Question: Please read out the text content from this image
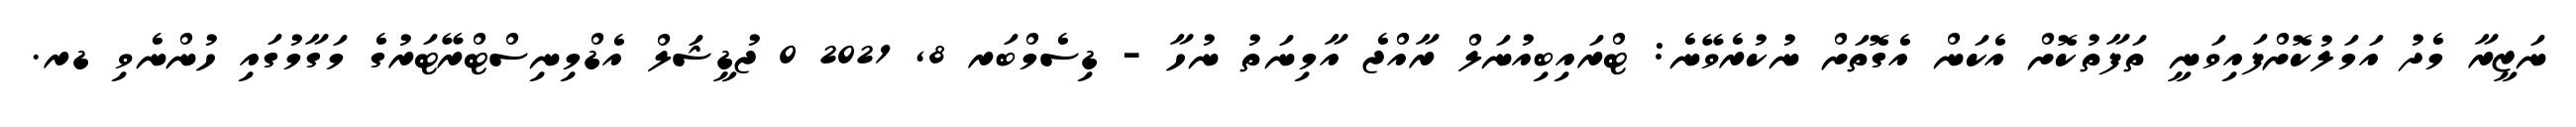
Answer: ނަޒީރާ މެދު އަމަލުކޮށްފައިވަނީ ތަފާތުކޮށް އެކަން އެގޮތަށް ނުކުރެވޭނެ: ޓްރައިބިއުނަލް ރާއްޖެ އާމިނަތު ނުހާ - ޑިސެމްބަރ 8, 2021 0 ޖުޑީޝަލް އެޑްމިނިސްޓްރޭޓަރުގެ މަގާމުގައި ހުންނެވި ޑރ.